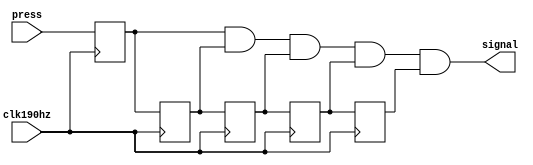
`timescale 1ns / 1ps

module catchPress(input clk190hz, input press, output signal);
    reg delay1, delay2, delay3, delay4, delay5;
    
    always @(posedge clk190hz)
    begin
        delay5 = delay4;
        delay4 = delay3;
        delay3 = delay2; 
        delay2 = delay1;  
        delay1 = press;
    end
    
    assign signal = delay1 & delay2 & delay3 & delay4 & delay5;
endmodule